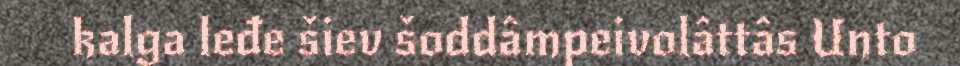
kalga leđe šiev šoddâmpeivolâttâs Unto